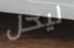
ليحل